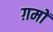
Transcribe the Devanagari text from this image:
ग़मों